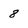
Character: 8